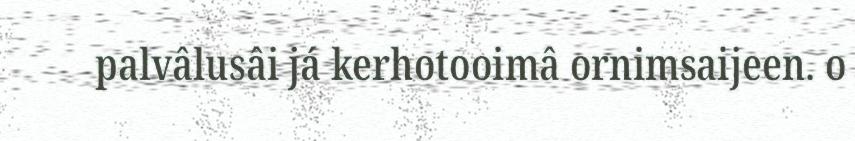
palvâlusâi já kerhotooimâ ornimsaijeen. o